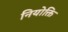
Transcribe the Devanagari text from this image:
नियोक्ति